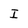
Character: I